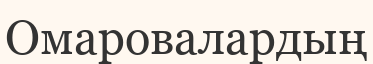
Омаровалардың